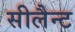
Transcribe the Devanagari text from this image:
सीलैन्ट